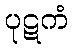
ပုဋကံ